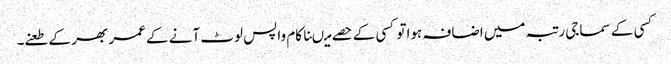
کسی کے سماجی رتبہ میں اضافہ ہواتو کسی کے حصے میںناکام واپس لوٹ آنے کے عمر بھر کے طعنے۔